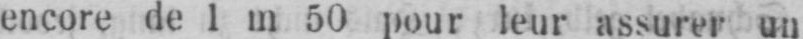
encore de l m 50 pour leur assurer un